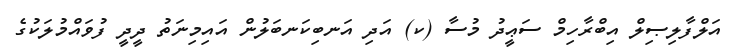
އަލްފާލިޞިލް އިބްރާހިމް ސަޢީދު މުސާ (ކ) އަދި އަނބިކަނބަލުން އައިމިނަތު ދީދީ ފުވައްމުލަކުގެ